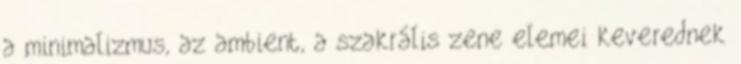
a minimalizmus, az ambient, a szakrális zene elemei keverednek